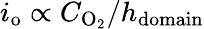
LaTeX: i_{\mathrm{o}}\propto C_{\mathrm{O}_{2}}/h_{\mathrm{domain}}